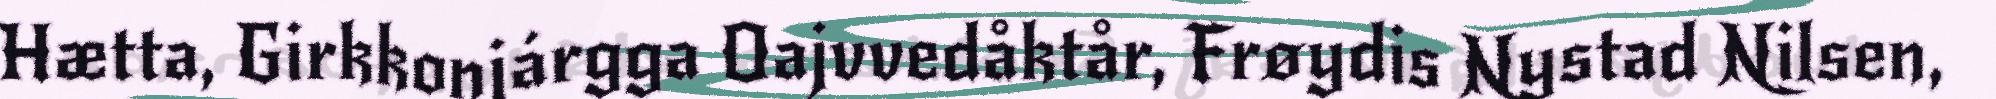
Hætta, Girkkonjárgga Oajvvedåktår, Frøydis Nystad Nilsen,